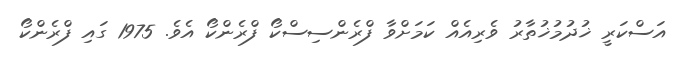
އަސްކަރީ ޚުދުމުޚުތާރު ވެރިއެއް ކަމަށްވާ ފްރެންސިސްކޯ ފްރެންކޯ އެވެ. 1975 ގައި ފްރެންކޯ